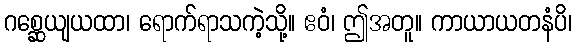
ဂစ္ဆေယျယထာ၊ ရောက်ရာသကဲ့သို့။ ဧဝံ၊ ဤအတူ။ ကာယာယတနံပိ၊